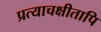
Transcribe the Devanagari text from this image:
प्रत्याचक्षीतापि